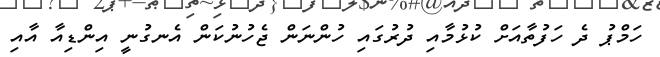
ހަމްޕު ދެ ހަފުތާއަށް ކުޅުމާއި ދުރުގައި ހުންނަން ޖެހުނުކަން އެނގުނީ އިންޑިއާ އާއި